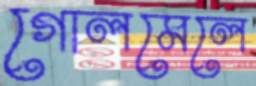
গোলমেলে